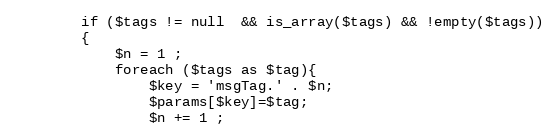
Language: PHP
        if ($tags != null  && is_array($tags) && !empty($tags))
        {
            $n = 1 ;
            foreach ($tags as $tag){
                $key = 'msgTag.' . $n;
                $params[$key]=$tag;
                $n += 1 ;